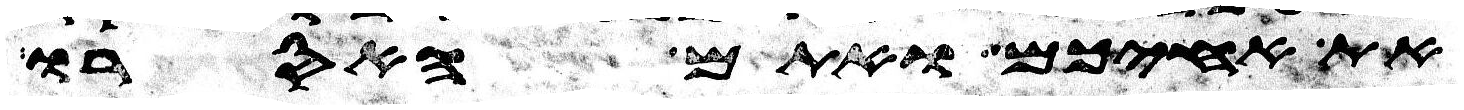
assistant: את אחיכם ואתם האסרו